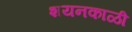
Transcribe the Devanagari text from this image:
शयनकाळी